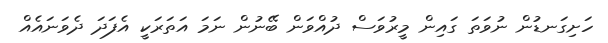
ހަށިގަނޑުން ނުވަތަ ގައިން މީރުވަސް ދުއްވަން ބޭނުން ނަމަ އަތަރަކީ އެފަދަ ދެވަނައެއް